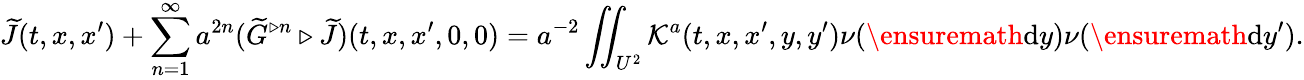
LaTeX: \widetilde{J}(t,x,x^{\prime})+\sum_{n=1}^{\infty}a^{2n}(\widetilde{G}^{\triangleright n}\triangleright\widetilde{J})(t,x,x^{\prime},0,0)=a^{-2}\iint_{U^{2}}\mathcal{K}^{a}(t,x,x^{\prime},y,y^{\prime})\nu(\ensuremath{\mathrm{d}}y)\nu(\ensuremath{\mathrm{d}}y^{\prime}).